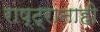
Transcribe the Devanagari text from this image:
राष्ट्रांनाही